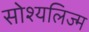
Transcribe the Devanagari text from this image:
सोश्यलिज्म